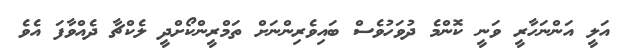
އަލީ އަންނަހާރީ ވަނީ ކޮންމެ ދުވަހުވެސް ބައިވެރިންނަށް ތަމްރީންކޯށްދީ ލެކްޗާ ދެއްވާފަ އެވެ